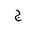
Letter: _gim